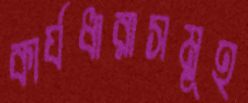
কার্যধারাসমূহ